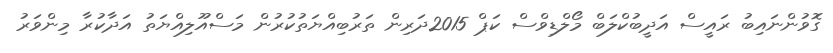
ގޮވުންނައިބު ރައީސް އަދީބުކްލަބް މޯލްޑިވްސް ކަޕް 2015ދަރިން ތަރުބިއްޔަތުކުރުން މަސްއޫލިއްޔަތު އަދާކުރާ މިންވަރު